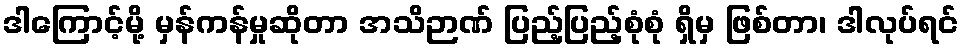
ဒါကြောင့်မို့ မှန်ကန်မှုဆိုတာ အသိဉာဏ် ပြည့်ပြည့်စုံစုံ ရှိမှ ဖြစ်တာ၊ ဒါလုပ်ရင်